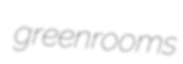
greenrooms